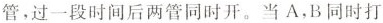
管。过一段时间后两管同时开。当A，B同时打